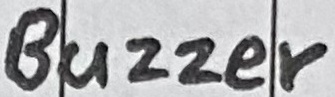
Text: Buzzer